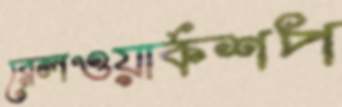
রেলওয়ার্কশপ